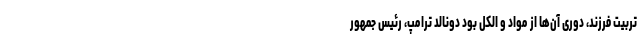
تربیت فرزند، دوری آن‌ها از مواد و الکل بود دونالد ترامپ، رئیس جمهور